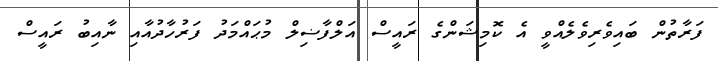
ފަރާތުން ބައިވެރިވެލެއްވީ އެ ކޮމިޝަންގެ ރައީސް އަލްފާޟިލް މުޙައްމަދު ފަރުހާދުއާއި ނާއިބު ރައީސް